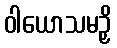
ဝါယောသမဉှိ